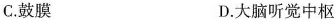
C. 鼓膜 D. 大脑听觉中枢